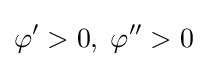
\varphi '>0,\;\varphi ''>0